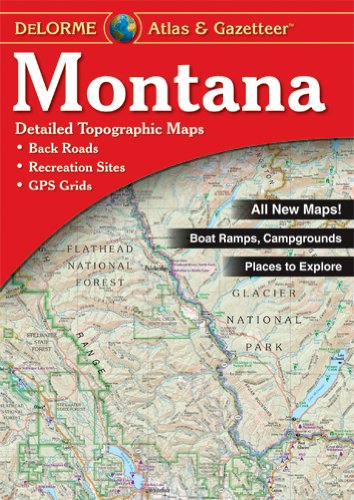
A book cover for Montana Atlas & Gazetteer; Delorme; Reference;